Medical and sanitary report of the native army of Madras for the year
Year: 1876
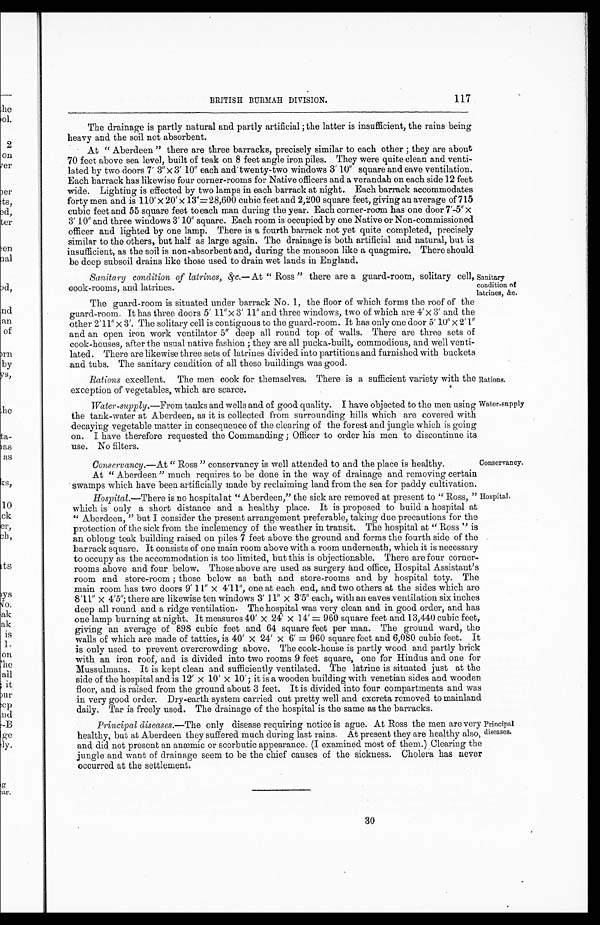
Conservancy.
Hospital.
117
BRITISH BURMAH DIVISION.
The drainage is partly natural and partly artificial; the latter is insufficient, the rains being
heavy and the soil not absorbent.
At "Aberdeen" there are three barracks, precisely similar to each other; they are about
70 feet above sea level, built of teak on 8 feet angle iron piles. They were quite clean and venti-
-lated by two doors 7' 3" × 3' 10" each and twenty-two windows 3' 10" square and eave ventilation.
Each barrack has likewise four corner-rooms for Native officers and a verandah on each side 12 feet
wide. Lighting is effected by two lamps in each barrack at night. Each barrack accommodates
forty men and is 110' × 20' × 13=28,600 cubic feet and 2,200 square feet, giving an average of 715
cubic feet and 55 square feet to each man during the year. Each corner-room has one door 7'-5" ×
3' 10" and three windows 3' 10" square. Each room is occupied by one Native or Non-commissioned
officer and lighted by one lamp. There is a fourth barrack not yet quite completed, precisely
similar to the others, but half as large again. The drainage is both artificial and natural, but is
insufficient, as the soil is non-absorbent and, during the monsoon like a quagmire. There should
be deep subsoil drains like those used to drain wet lands in England.
Sanitary condition of latrines, &c.— At " Ross" there are a guard-room, solitary cell,
cook-rooms, and latrines.
Sanitary
condition of
latrines, &c.
The guard-room is situated under barrack No. 1, the floor of which forms the roof of the
guard-room. It has three doors 5' 11" × 3' 11" and three windows, two of which are 4' × 3' and the
other 2'11" × 3'. The solitary cell is contiguous to the guard-room. It has only one door 5' 10" × 2'1"
and an open iron work ventilator 5" deep all round top of walls. There are three sets of
cook-houses, after the usual native fashion; they are all pucka-built, commodious, and well venti
-lated. There are likewise three sets of latrines divided into partitions and furnished with buckets
and tubs. The sanitary condition of all these buildings was good.
Rations excellent. The men cook for themselves. There is a sufficient variety with the
exception of vegetables, which are scarce.
Rations.
Water-supply.— From tanks and wells and of good quality. I have objected to the men using
the tank-water at Aberdeen, as it is collected from surrounding hills which are covered with
decaying vegetable matter in consequence of the clearing of the forest and jungle which is going
on. I have therefore requested the Commanding; Officer to order his men to discontinue its
use. No filters.
Conservancy.— At " Ross" conservancy is well attended to and the place is healthy.
At "Aberdeen" much requires to be done in the way of drainage and removing certain
swamps which have been artificially made by reclaiming land from the sea for paddy cultivation.
Water-supply
Hospital.—There is no hospital at "Aberdeen," the sick are removed at present to "Ross,"
which is only a short distance and a healthy place. It is proposed to build a hospital at
"Aberdeen," but I consider the present arrangement preferable, taking due precautions for the
protection of the sick from the inclemency of the weather in transit. The hospital at "Ross" is
an oblong teak building raised on piles 7 feet above the ground and forms the fourth side of the
barrack square. It consists of one main room above with a room underneath, which it is necessary
to occupy as the accommodation is too limited, but this is objectionable. There are four corner
-rooms above and four below. Those above are used as surgery and office, Hospital Assistant's
room and store-room; those below as bath and store-rooms and by hospital toty. The
main room has two doors 9' 11" × 4'11", one at each end, and two others at the sides which are
8'11" × 4'5"; there are likewise ten windows 3' 11" × 3'5" each, with an eaves ventilation six inches
deep all round and a ridge ventilation. The hospital was very clean and in good order, and has
one lamp burning at night. It measures 40' × 24' × 14' = 960 square feet and 13,440 cubic feet,
giving an average of 898 cubic feet and 64 square feet per man. The ground ward, the
walls of which are made of tatties, is 40' × 24' × 6' = 960 square feet and 6,080 cubic feet. It
is only used to prevent overcrowding above. The cook-house is partly wood and partly brick
with an iron roof, and is divided into two rooms 9 feet square, one for Hindus and one for
Mussulmans. It is kept clean and sufficiently ventilated. The latrine is situated just at the
side of the hospital and is 12' × 10' × 10'; it is a wooden building with venetian sides and wooden
floor, and is raised from the ground about 3 feet. It is divided into four compartments and was
in very good order. Dry-earth system carried out pretty well and excreta removed to mainland
daily. Tar is freely used. The drainage of the hospital is the same as the barracks.
Principal diseases.—The only disease requiring notice is ague. At Ross the men are very
healthy, but at Aberdeen they suffered much during last rains. At present they are healthy also,
and did not present an anæmic or scorbutic appearance. (I examined most of them.) Clearing the
jungle and want of drainage seem to be the chief causes of the sickness. Cholera has never
occurred at the settlement.
Principal
diseases.
30